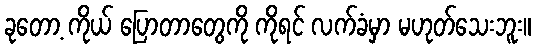
ခုတော့ ကိုယ် ပြောတာတွေကို ကိုရင် လက်ခံမှာ မဟုတ်သေးဘူး။